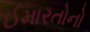
ઈમારતોનો